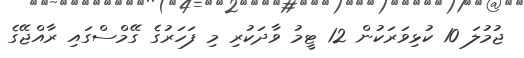
ޖުމުލަ 10 ކުޅިވަރަކުން 12 ޓީމު ވާދަކުރި މި ފަހަރުގެ ގޭމްސްގައި ރާއްޖޭގެ